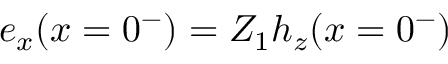
{ e _ { x } ( x = 0 ^ { - } ) = Z _ { 1 } h _ { z } ( x = 0 ^ { - } ) }